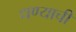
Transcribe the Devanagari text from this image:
धण्याची